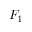
F _ { 1 }